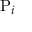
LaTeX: { \mathrm { P } } _ { i }